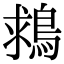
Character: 𪁖